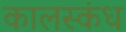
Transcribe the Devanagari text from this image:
कालस्कंध